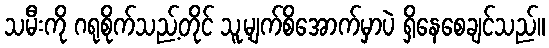
သမီးကို ဂရုစိုက်သည့်တိုင် သူ့မျက်စိအောက်မှာပဲ ရှိနေစေချင်သည်။